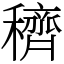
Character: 穧